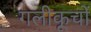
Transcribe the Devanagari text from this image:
गलीकूचों